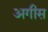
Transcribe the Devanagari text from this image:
अगीस